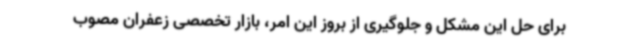
برای حل این مشکل و جلوگیری از بروز این امر، بازار تخصصی زعفران مصوب